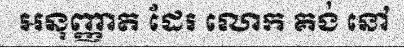
អនុញ្ញាត ដែរ លោក គង់ នៅ